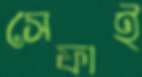
সেফাই